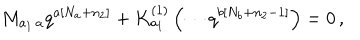
M _ { a _ { 1 } \, a } q ^ { a \left[ N _ { a } + n _ { 2 } \right] } + K _ { a _ { 1 } } ^ { \left( 1 \right) } \left( \cdots q ^ { b \left[ N _ { b } + n _ { 2 } - 1 \right] } \right) = 0 \, ,